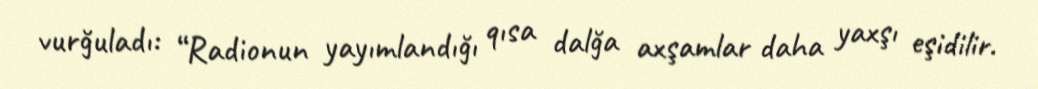
vurğuladı: “Radionun yayımlandığı qısa dalğa axşamlar daha yaxşı eşidilir.